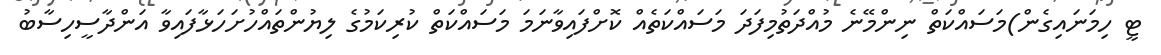
ޓީ ހިމަނައިގެން)މަސައްކަތް ނިންމޭނެ މުއްދަތުމިފަދަ މަސައްކަތެއް ކޮށްފައިވާނަމަ މަސައްކަތް ކުރިކަމުގެ ލިޔުންތައްހުށަހަޅާފައިވާ އަންދާސީހިސާބު